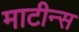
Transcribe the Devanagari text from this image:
माटीन्स